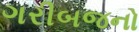
ગરીબજનો